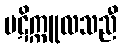
ပဋိက္ကူလသညီ